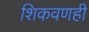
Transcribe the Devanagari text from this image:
शिकवणही